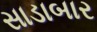
સાડાબાર